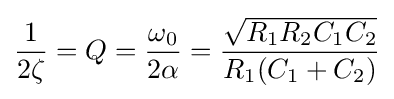
{\frac {1}{2\zeta }}=Q={\frac {\omega _{0}}{2\alpha }}={\frac {\sqrt {R_{1}R_{2}C_{1}C_{2}}}{R_{1}(C_{1}+C_{2})}}